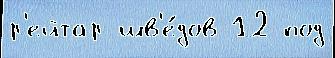
р'ейтар шв'е́дов 12 под